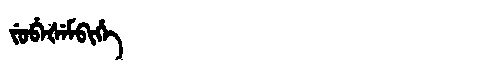
Manchu: ᠵᡠᠪᡝᡧᡝᠮᠪᡳᡥᡝ
Romanization: JUBEŠEMBIHE